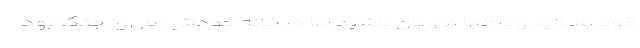
خود بسازید و با آنها مهربان باشید اما در خانه خودش هر روز جنگ بود